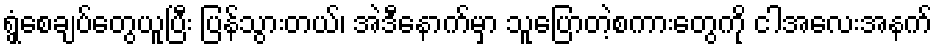
ရွှံ့စေချပ်တွေယူပြီး ပြန်သွားတယ်၊ အဲဒီနောက်မှာ သူပြောတဲ့စကားတွေကို ငါအလေးအနက်